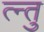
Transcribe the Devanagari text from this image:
त्न्तु